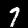
Digit: 7